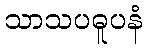
သာသပဓူပနံ